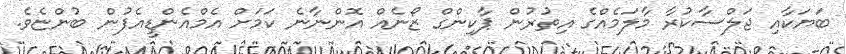
ބަޔަކާއި ޖަލްސާކުރާ މާލަމެއްގެ އިތުރުން ޕާކިންގް ޒޯނެއް އޮންނާނެ ކަމަށް އެމްއެންޑީއެފުން ބުންޏެވެ.